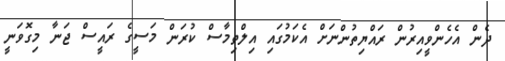
ދެން އެހެންވީއިރުން ރައްޔިތުންނަށް އެކަމުގައި އިލްތިމާސް ކުރަން މަސީގެ ރައީސް ޖަނާ މިގޮވަނީ